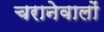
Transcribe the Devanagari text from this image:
चरानेवालों